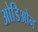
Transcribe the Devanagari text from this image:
ओडिओन